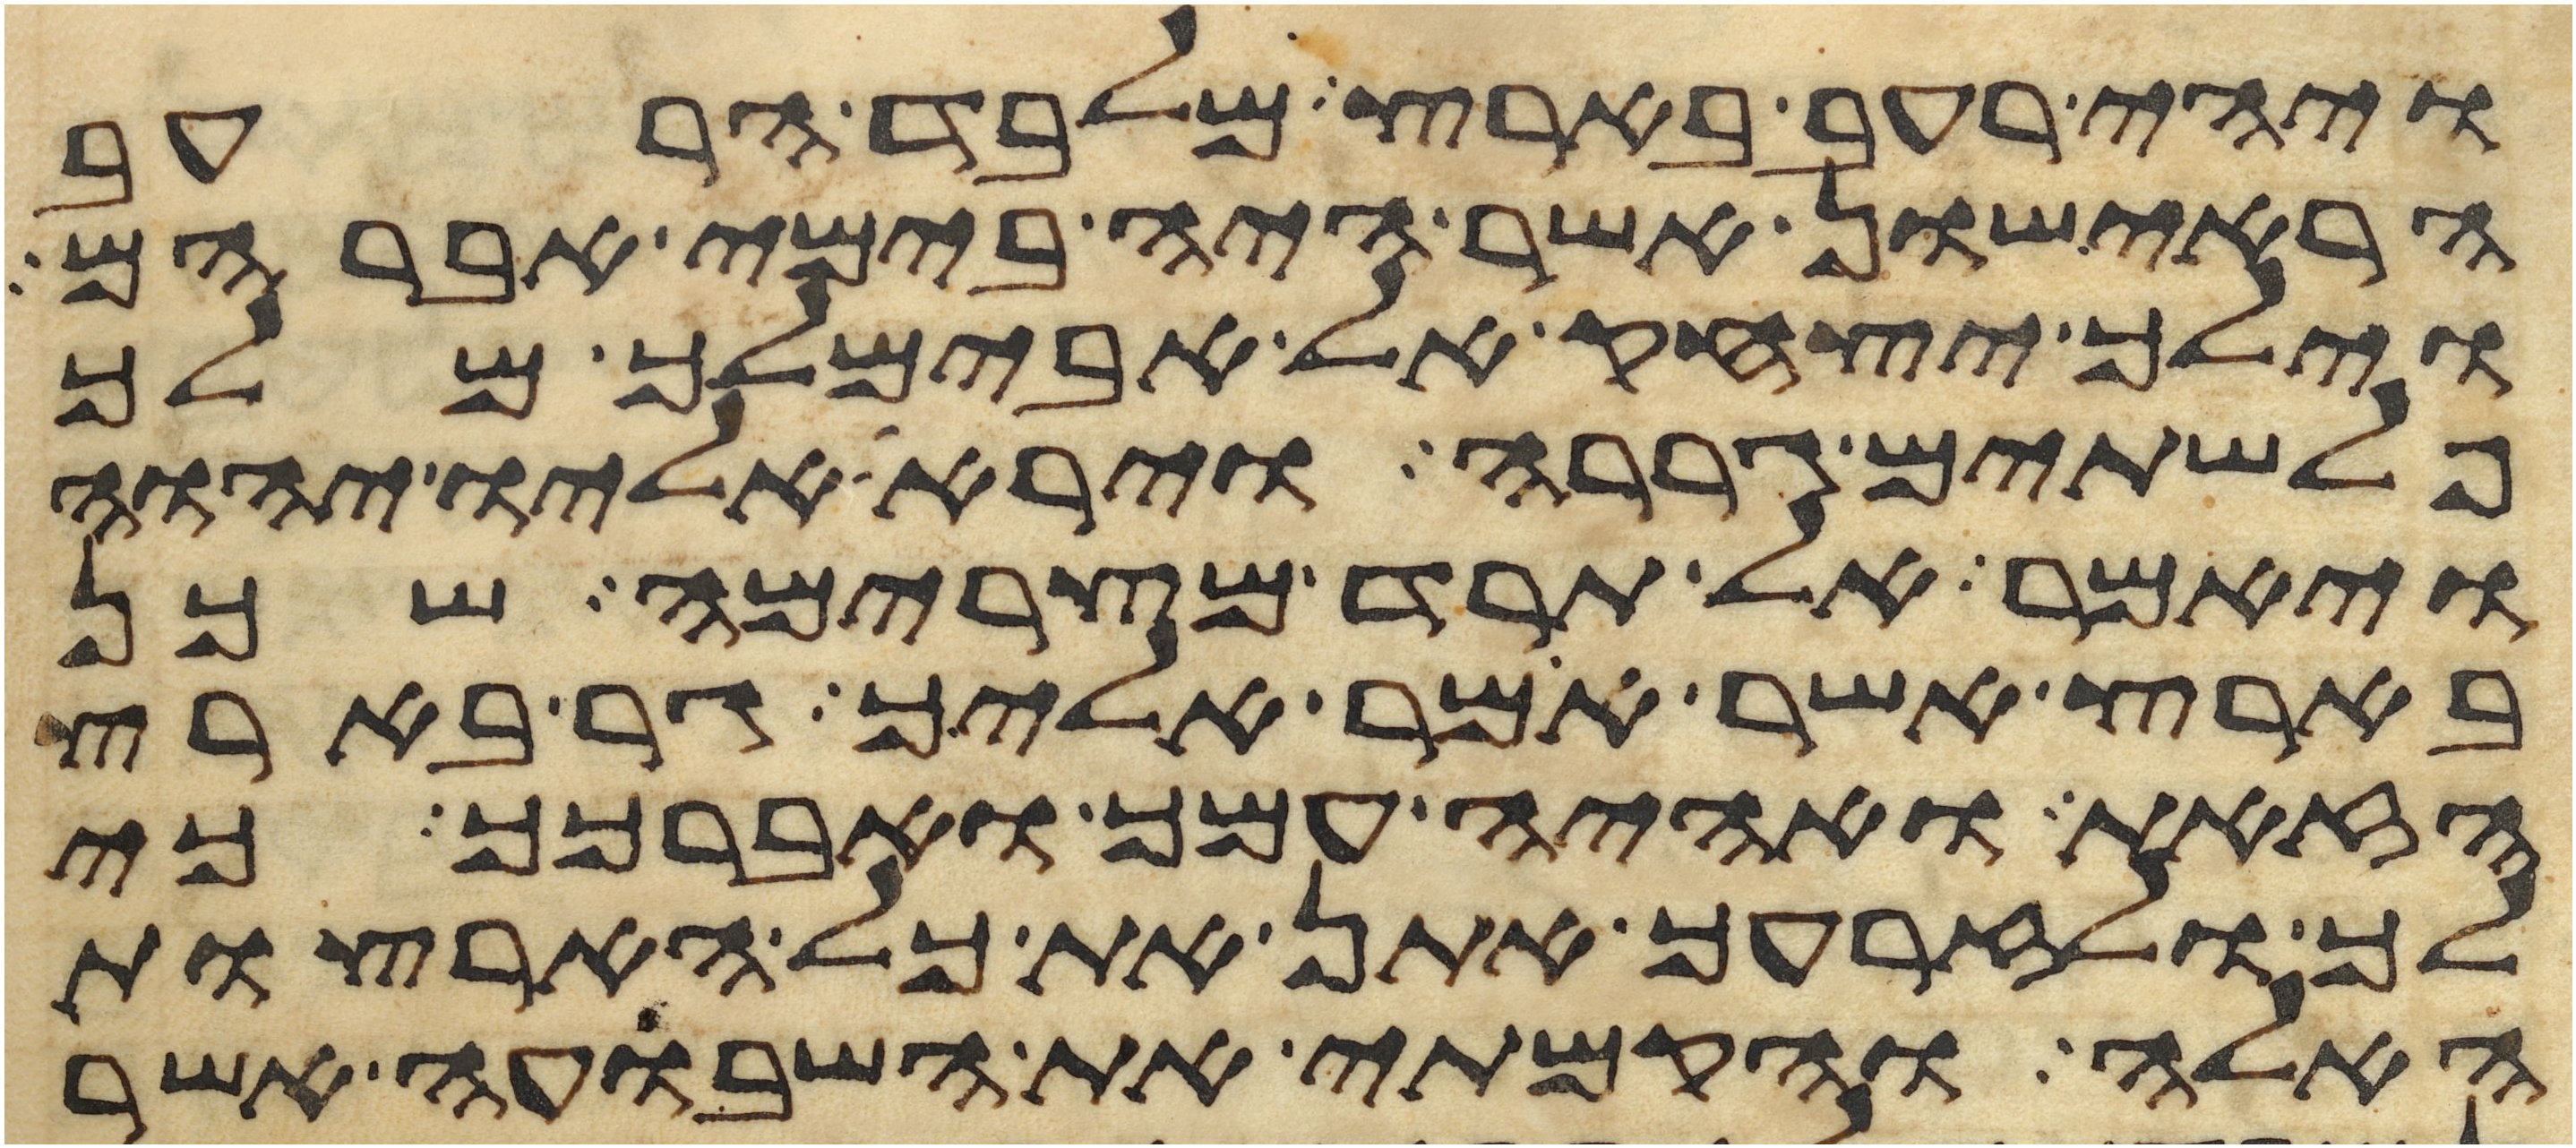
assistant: ויהי רעב בארץ מלבד הרעב
הראישון אשר היה בימי אברהם
וילך יצחק אל אבימלך מלך
פלשתים גררה וירא אליו יהוה
ויאמר אל תרד מצרימה שכן
בארץ אשר אמר אליך גר בארץ
הזאת ואהיה עמך ואברכך כי
לך ולזרעך אתן את כל הארצות
האלה והקמתי את השבועה אשר